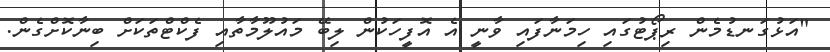
"އަޅުގަނޑުމެން ރިޕޯޓުގައި ހިމަނާފައި ވާނީ އެ އޮފީހަކުން ލިބޭ މައުލޫމާތާއި ފެކްޓްތަކަށް ބިނާކޮށްގެން.